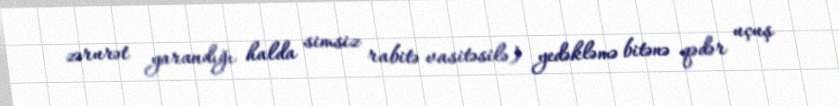
zərurət yarandığı halda simsiz rabitə vasitəsilə) yedəkləmə bitənə qədər uçuş